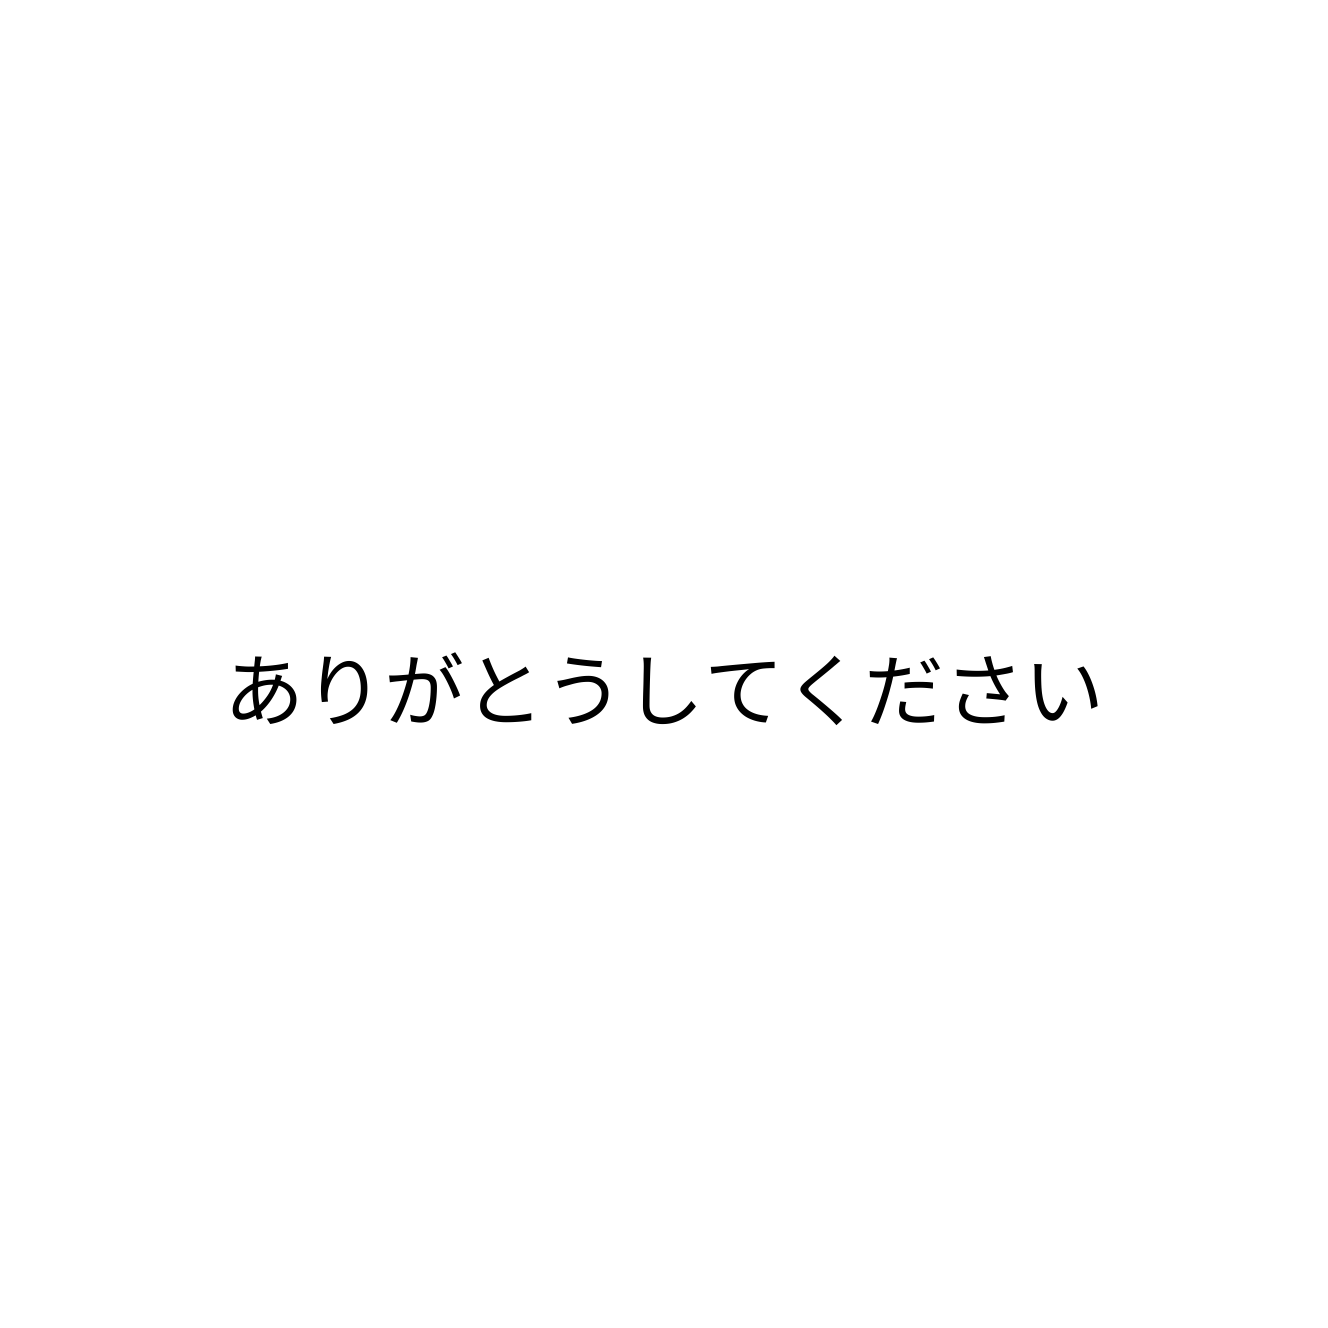
ありがとうしてください